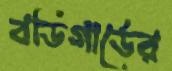
বডিগার্ডের